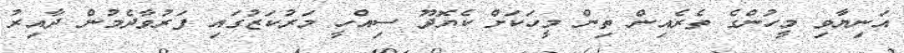
އަނިޔާވި މީހުންގެ ތެރެއިން ތިން މީހަކަށް ކެޔޮދޫ ސިއްހީ މަރުކަޒުގައި ފަރުވާދެމުން ދާއިރު